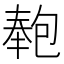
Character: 𭅏